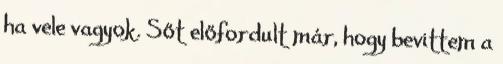
ha vele vagyok. Sőt előfordult már, hogy bevittem a